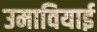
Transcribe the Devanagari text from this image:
उमावियाई